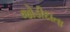
જોડીદાતા